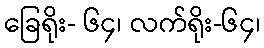
ခြေရိုး- ၆၄၊ လက်ရိုး-၆၄၊